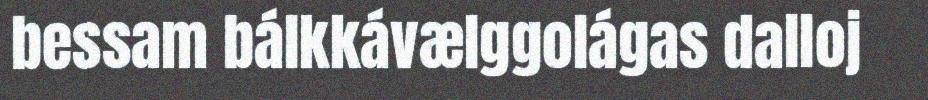
bessam bálkkávælggolágas dalloj